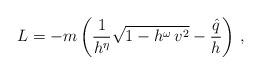
LaTeX: \begin{align*}L = - m \left( \frac{1}{h^{\eta}} \sqrt{1 - h^\omega \, v^2} -\frac{\hat{q}}{h}\right) \, ,\end{align*}